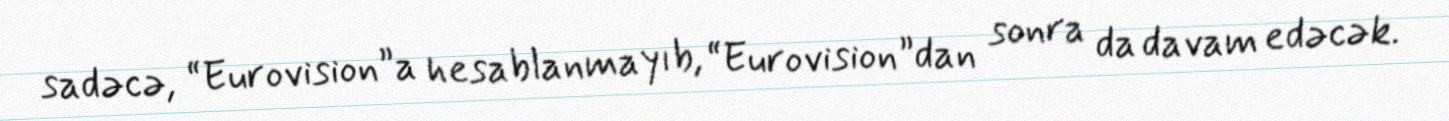
sadəcə, “Eurovision”a hesablanmayıb, “Eurovision”dan sonra da davam edəcək.